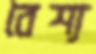
বৈশ্য